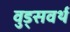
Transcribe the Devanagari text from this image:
वुड्सवर्थ